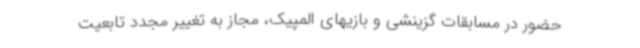
حضور در مسابقات گزینشی و بازیهای المپیک، مجاز به تغییر مجدد تابعیت